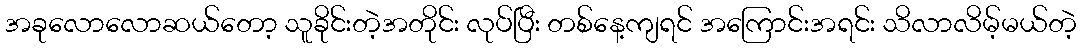
အခုလောလောဆယ်တော့ သူခိုင်းတဲ့အတိုင်း လုပ်ပြီး တစ်နေ့ကျရင် အကြောင်းအရင်း သိလာလိမ့်မယ်တဲ့